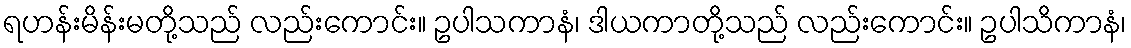
ရဟန်းမိန်းမတို့သည် လည်းကောင်း။ ဥပါသကာနံ၊ ဒါယကာတို့သည် လည်းကောင်း။ ဥပါသိကာနံ၊